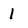
Character: l